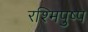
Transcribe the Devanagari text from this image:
रश्मिपुष्प